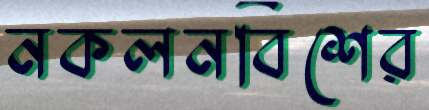
নকলনবিশের